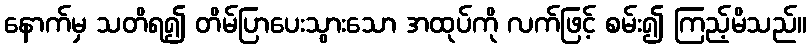
နောက်မှ သတိရ၍ တိမ်ပြာပေးသွားသော အထုပ်ကို လက်ဖြင့် စမ်း၍ ကြည့်မိသည်။